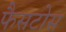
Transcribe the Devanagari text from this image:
फैसटोस